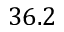
3 6 . 2